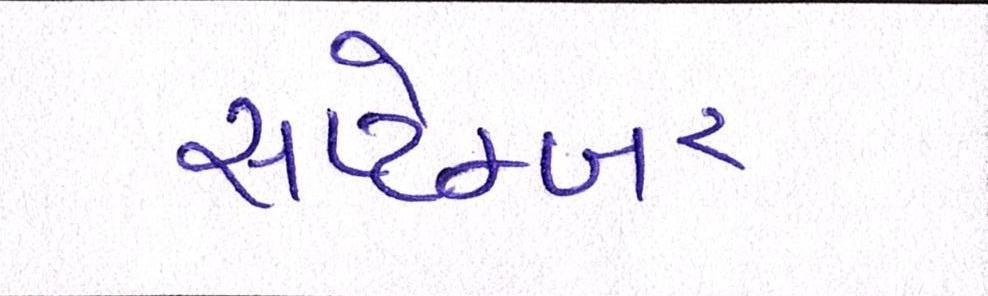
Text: સપ્ટેમ્બર